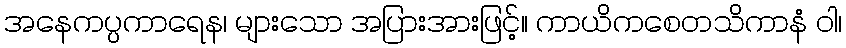
အနေကပ္ပကာရေန၊ များသော အပြားအားဖြင့်။ ကာယိကစေတသိကာနံ ဝါ၊